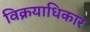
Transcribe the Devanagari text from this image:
विक्रयाधिकार